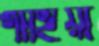
গাহিয়া